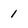
Character: 1